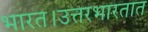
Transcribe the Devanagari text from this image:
भारत।उत्तरभारतात